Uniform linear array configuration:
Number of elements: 48
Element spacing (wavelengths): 0.75
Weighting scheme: cosine
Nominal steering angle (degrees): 45
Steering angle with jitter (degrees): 46.292
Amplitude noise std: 0.05
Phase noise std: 0.05

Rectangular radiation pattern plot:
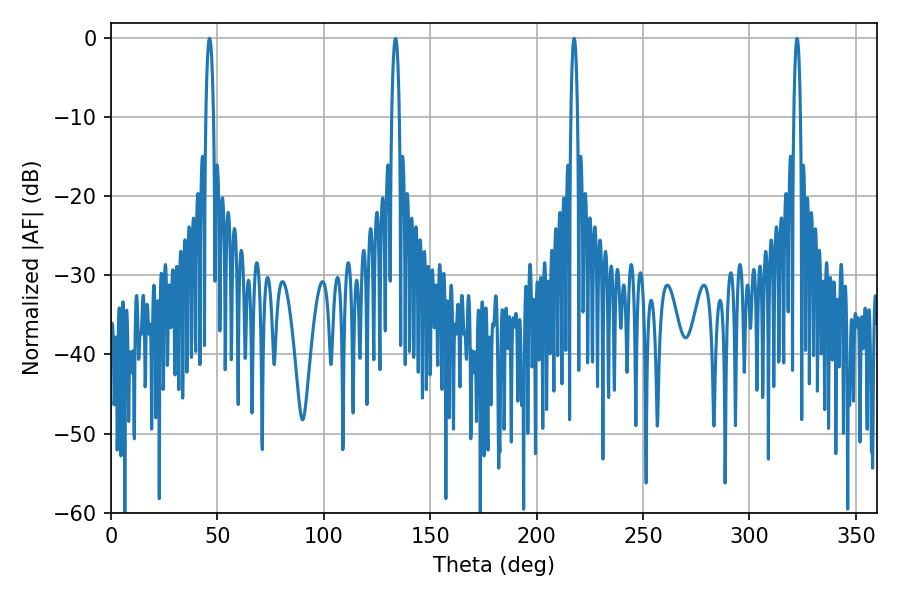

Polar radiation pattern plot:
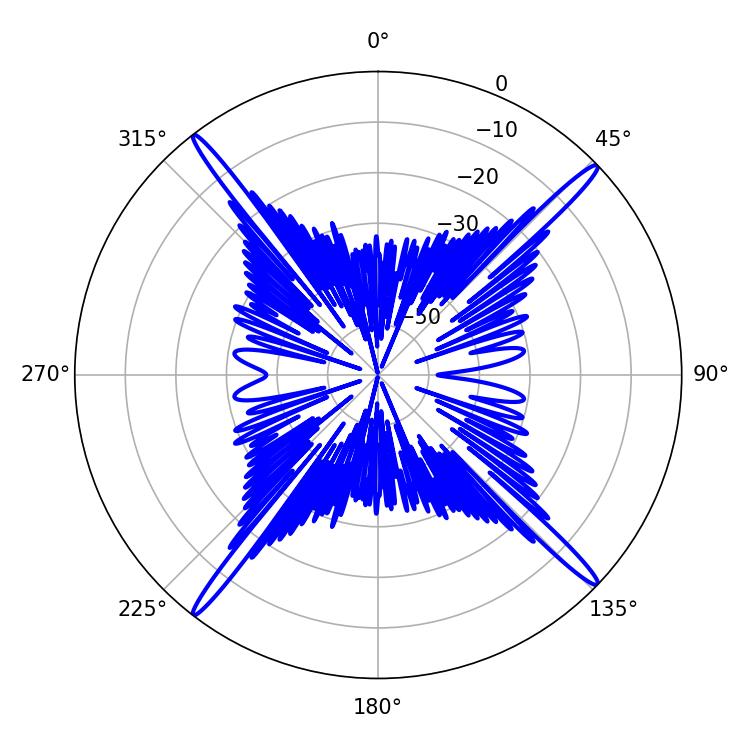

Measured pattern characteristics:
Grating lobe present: TRUE
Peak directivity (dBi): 21.173
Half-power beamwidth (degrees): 1.8
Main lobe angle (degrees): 217.62